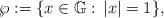
LaTeX: \begin{align*}\wp:=\{x\in \mathbb{G}:\,|x|=1\},\end{align*}